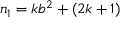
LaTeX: n _ { 1 } = k b ^ { 2 } + ( 2 k + 1 )